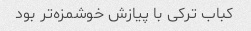
کباب ترکی با پیازش خوشمزه‌تر بود